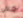
شلال